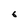
Character: 6